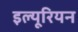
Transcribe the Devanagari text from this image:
इल्यूरियन